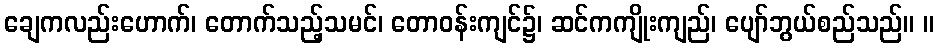
ချေကလည်းဟောက်၊ တောက်သည့်သမင်၊ တောဝန်းကျင်၌၊ ဆင်ကကျိုးကျည်၊ ပျော်ဘွယ်စည်သည်။ ။